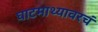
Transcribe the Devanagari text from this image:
घाटमाथ्यावरचं